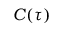
C ( \tau )